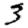
Digit: 3